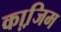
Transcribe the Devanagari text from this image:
का़जि़म